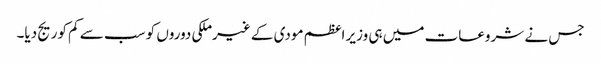
جس نے شروعات میں ہی وزیر اعظم مودی کے غیرملکی دوروں کو سب سے کم کوریج دیا۔